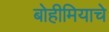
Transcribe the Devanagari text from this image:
बोहीमियाचे